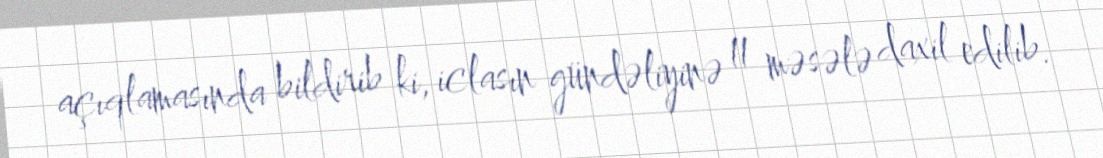
açıqlamasında bildirib ki, iclasın gündəliyinə 11 məsələ daxil edilib.